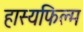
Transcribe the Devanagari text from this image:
हास्यफिल्म